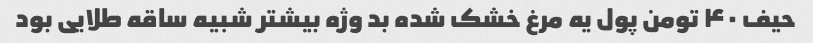
حیف ۴۰ تومن پول یه مرغ خشک شده بد وژه بیشتر شبیه ساقه طلایی بود